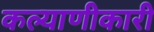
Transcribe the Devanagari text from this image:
कल्याणीकारी